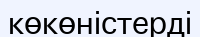
көкөністерді